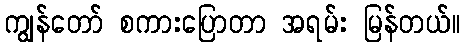
ကျွန်တော် စကားပြောတာ အရမ်း မြန်တယ်။